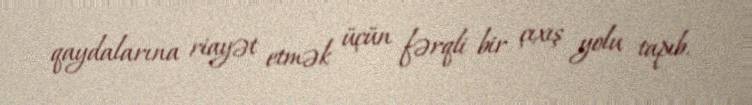
qaydalarına riayət etmək üçün fərqli bir çıxış yolu tapıb.